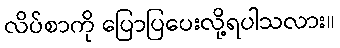
လိပ်စာကို ပြောပြပေးလို့ရပါသလား။